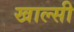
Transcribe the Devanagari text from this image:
खाल्सी